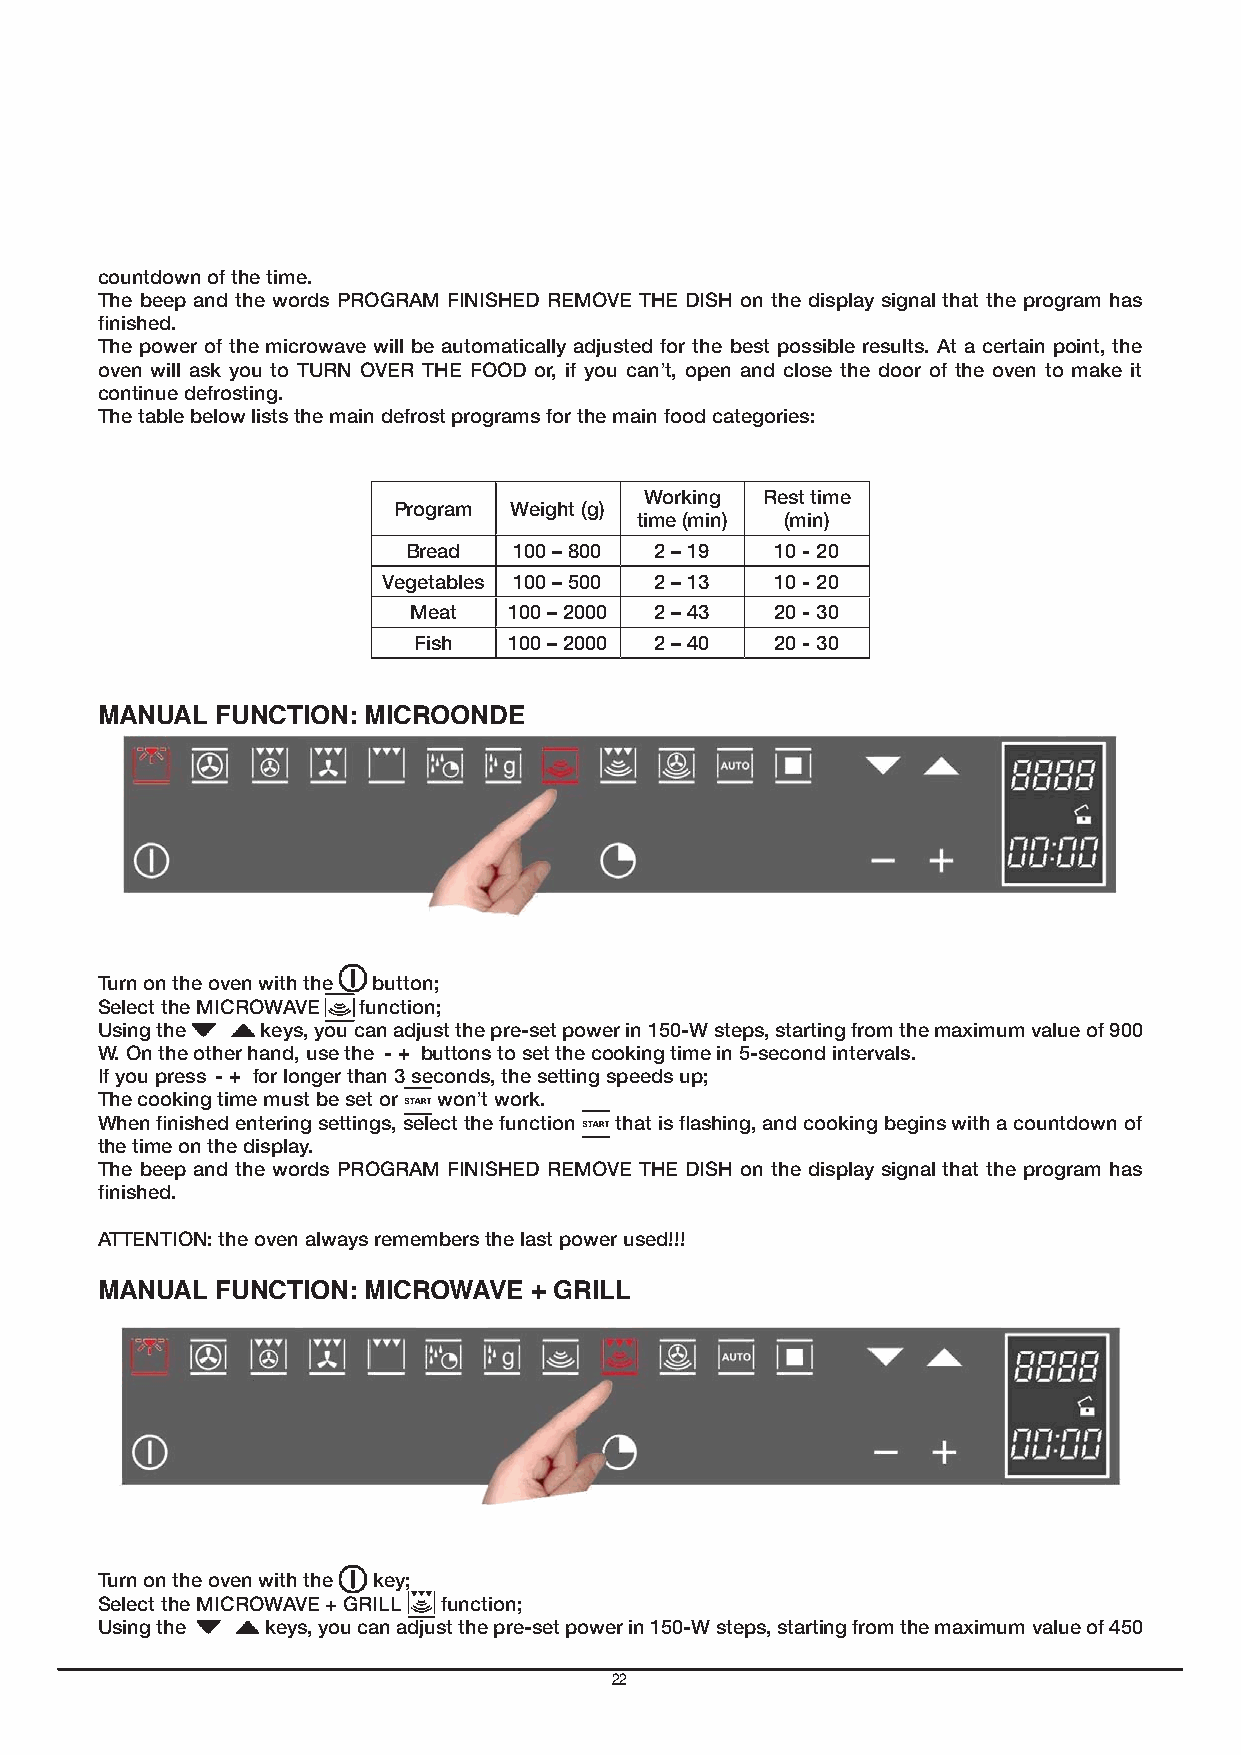
countdown of the time.
 The beep and the words PROGRAM FINISHED REMOVE THE DISH on the display signal that the program has
 finished.
 The power of the microwave will be automatically adjusted for the best possible results. At a certain point, the
 oven will ask you to TURN OVER THE FOOD or, if you can’t, open and close the door of the oven to make it
 continue defrosting.
 The table below lists the main defrost programs for the main food categories: GB
 Working Rest time
 Program Weight (g)
 time (min) (min)
 Bread  100 – 800 2 – 19 10 - 20
 Vegetables 100 – 500 2 – 13 10 - 20
 Meat   100 – 2000 2 – 43 20 - 30
 Fish   100 – 2000 2 – 40 20 - 30
 MANUAL  FUNCTION: MICROONDE
 Turn on the oven with the button;
 Select the MICROWAVE function;
 Using the  keys, you can adjust the pre-set power in 150-W steps, starting from the maximum value of 900
 W. On the other hand, use the - + buttons to set the cooking time in 5-second intervals.
 If you press - + for longer than 3 seconds, the setting speeds up;
 The cooking time must be set or won’t work.
 When finished entering settings, select the function that is flashing, and cooking begins with a countdown of
 the time on the display.
 The beep and the words PROGRAM FINISHED REMOVE THE DISH on the display signal that the program has
 finished.
 ATTENTION: the oven always remembers the last power used!!!
 MANUAL  FUNCTION: MICROWAVE  + GRILL
 Turn on the oven with the key;
 Select the MICROWAVE + GRILL function;
 Using the   keys, you can adjust the pre-set power in 150-W steps, starting from the maximum value of 450
 22